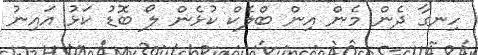
ހިނގާ ދެން މެން އިން ބްލެކް ކުޅެން ލޯ ބޮޑު ކަޅު އައިނު